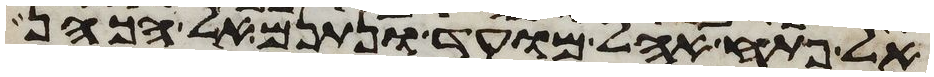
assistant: אל פתח אהל מועד ונתנם אל הכהן